Document type: Sale
Year: 1355
Scribe: Pere Borrell
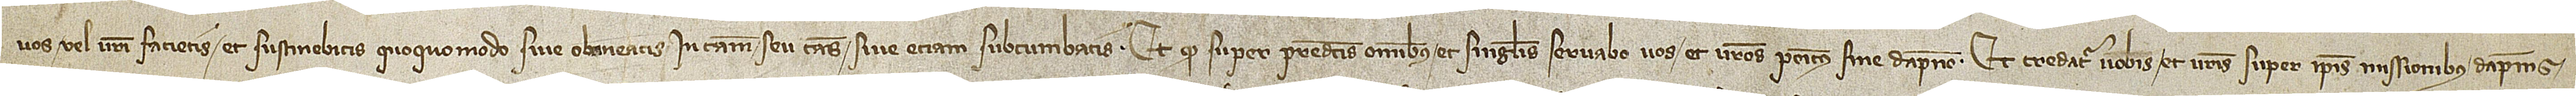
vos vel vestri facietis et sustinebitis quoquomodo sive obtineatis in causam seu causas sive etiam subcumbatis; et quod super predictis omnibus et singulis servabo vos et vestros penitus sine dampno. Et credatur vobis super ipsis missionibus, dampnis